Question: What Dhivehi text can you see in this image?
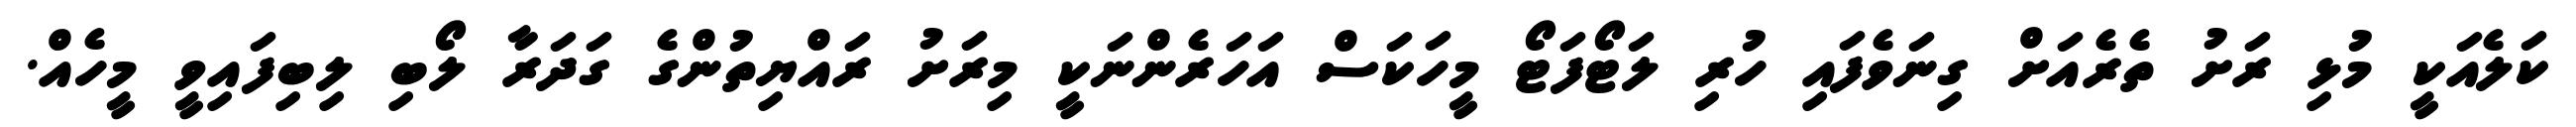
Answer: ކަލެއަކީ މުޅި ރަށު ތެރެއަށް ގިނަވެފައި ހުރި ލަޓޯފަޓޯ މީހަކަސް އަހަރެންނަކީ މިރަށު ރައްޔިތުންގެ ގަދަރާ ލޯބި ލިބިފައިވީ މީހެއް.